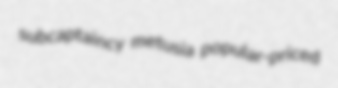
subcaptaincy metusia popular-priced